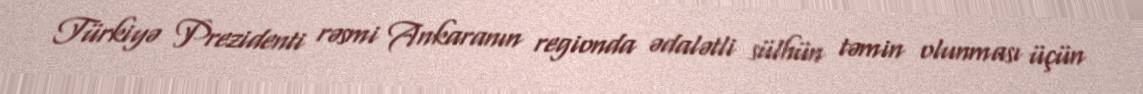
Türkiyə Prezidenti rəsmi Ankaranın regionda ədalətli sülhün təmin olunması üçün